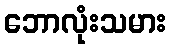
ဘောလုံးသမား